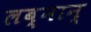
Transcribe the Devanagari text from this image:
लब्नान्